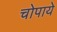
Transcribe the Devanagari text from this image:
चोपाये